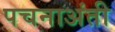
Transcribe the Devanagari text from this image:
पचनाअंती